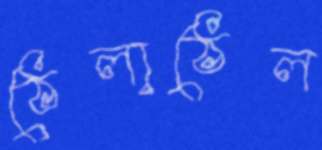
ঠেলাঠেল